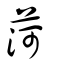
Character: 菏